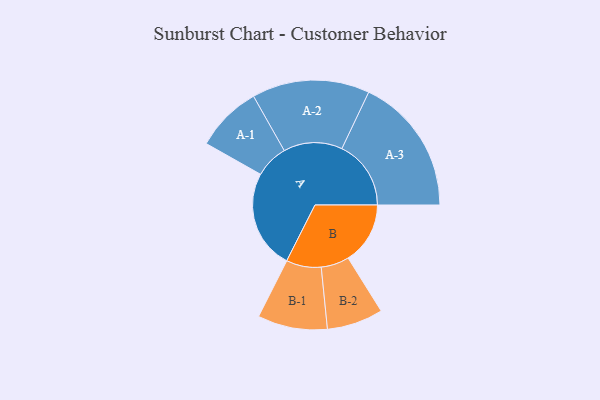
{"axis": {"x": "Segment", "y": "Value"}, "legend": ["", "A", "B"], "data": [{"x": "A", "y": 423, "type": ""}, {"x": "B", "y": 265, "type": ""}, {"x": "A-1", "y": 142, "type": "A"}, {"x": "A-2", "y": 251, "type": "A"}, {"x": "A-3", "y": 295, "type": "A"}, {"x": "B-1", "y": 149, "type": "B"}, {"x": "B-2", "y": 120, "type": "B"}]}